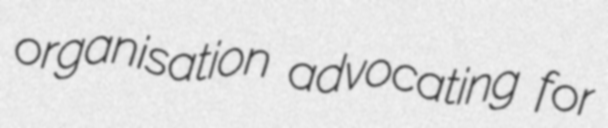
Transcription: organisation advocating for